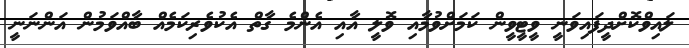
ލައިވްކޮށްދީފައިވަނީ ވީޓީވީން ކަމަށްވުމާއި ވޮލީ އާއި އެންމެ ގާތް އެކުވެރިކަމެއް ބާއްވަމުން އަންނަނީ